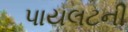
પાયલટની